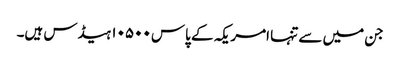
جن میں سے تنہا امریکہ کے پاس ۱۰۵۰۰ ہیڈس ہیں۔